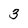
Character: 3